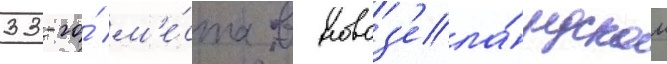
33-го́ м'е́ста в новоз'ела́ндском